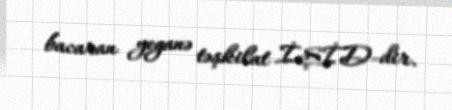
bacaran yeganə təşkilat İŞİD-dir.